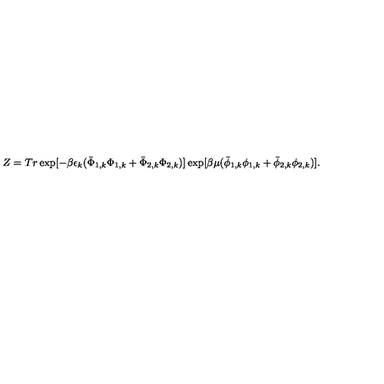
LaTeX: Z = T r \exp [ - \beta \epsilon _ { k } ( \bar { \Phi } _ { 1 , k } \Phi _ { 1 , k } + \bar { \Phi } _ { 2 , k } \Phi _ { 2 , k } ) ] \exp [ \beta \mu ( \bar { \phi } _ { 1 , k } \phi _ { 1 , k } + \bar { \phi } _ { 2 , k } \phi _ { 2 , k } ) ] .